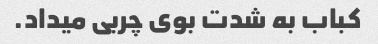
کباب به شدت بوی چربی میداد.